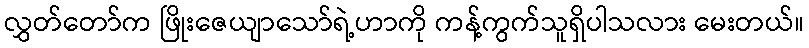
လွှတ်တော်က ဖြိုးဇေယျာသော်ရဲ့ဟာကို ကန့်ကွက်သူရှိပါသလား မေးတယ်။